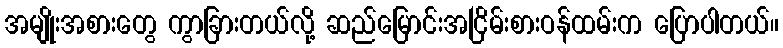
အမျိုးအစားတွေ ကွာခြားတယ်လို့ ဆည်မြောင်းအငြိမ်းစားဝန်ထမ်းက ပြောပါတယ်။